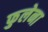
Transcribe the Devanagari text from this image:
फुलेना